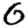
Digit: 0